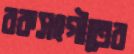
রকসংগীতের